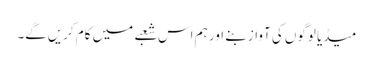
میڈیا لوگوں کی آواز بنے اور ہم اس شعبے میں کام کریں‌گے۔